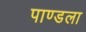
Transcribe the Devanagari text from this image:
पाण्डला